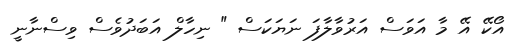
އޯކޭ އޭ މާ އަވަސް އަރުވާލާފަ ނަޔަކަސް " ނިހާލް އަބަދުވެސް ވިސްނާނީ